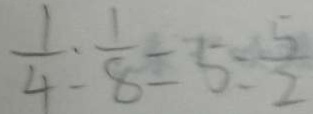
\frac { 1 } { 4 } : \frac { 1 } { 8 } = 5 : \frac { 5 } { 2 }